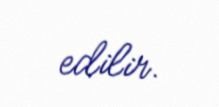
edilir.